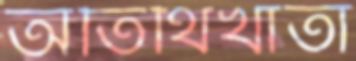
অতিথিখাতা